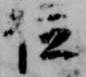
位